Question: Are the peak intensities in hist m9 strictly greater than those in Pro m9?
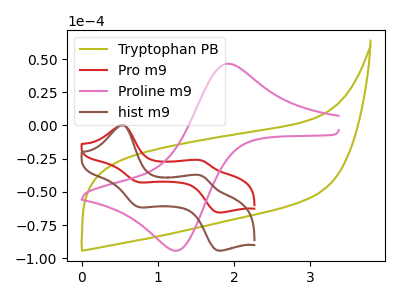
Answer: <think>The olive curve "Tryptophan PB" has no peaks. The red curve "Pro m9" has anodic peaks at (0.55V, 0.15uA) (1.55V, -26.25uA) and cathodic peaks at (0.75V, -42.80uA) (1.80V, -65.50uA). The pink curve "Proline m9" has an anodic peak at (1.90V, 46.50uA) and a cathodic peak at (1.25V, -94.00uA). The brown curve "hist m9" has anodic peaks at (0.55V, 0.20uA) (1.55V, -37.75uA) and cathodic peaks at (0.75V, -61.55uA) (1.80V, -94.20uA).</think>
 <answer>The peaks in "hist m9" are neither all higher or all lower than the peaks in "Pro m9".</answer>
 <eval>mixed</eval>